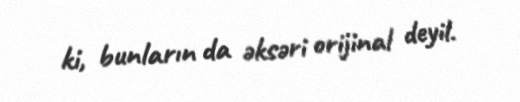
ki, bunların da əksəri orijinal deyil.